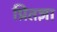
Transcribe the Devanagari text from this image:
प्रितज्ञा